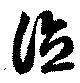
徳